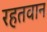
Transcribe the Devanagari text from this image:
रहतवान